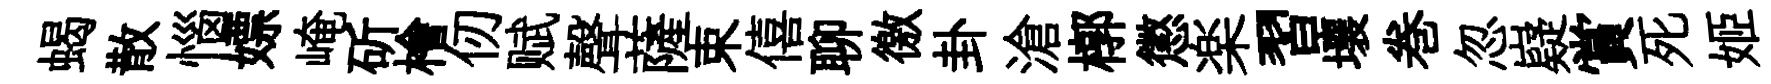
蝎散惱嫖崦斫檜仞赋聲薩束僖聊徼卦滄槨懲楽習壤巻忽嶷賞死姬